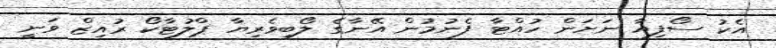
އެކު ސޯފިއާ ނަށަން ހުއްޓާ ފެނުމުން އޭނާގެ ލޯބިވެރިޔާ ޕްލުޓާކޯ ރުއިޒް ވަނީ